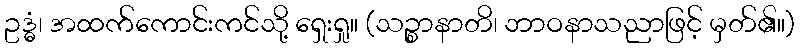
ဥဒ္ဓံ၊ အထက်ကောင်းကင်သို့ ရှေးရှု။ (သဉ္စာနာတိ၊ ဘာဝနာသညာဖြင့် မှတ်၏။)